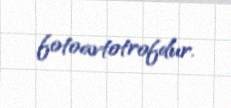
fotoavtotrofdur.